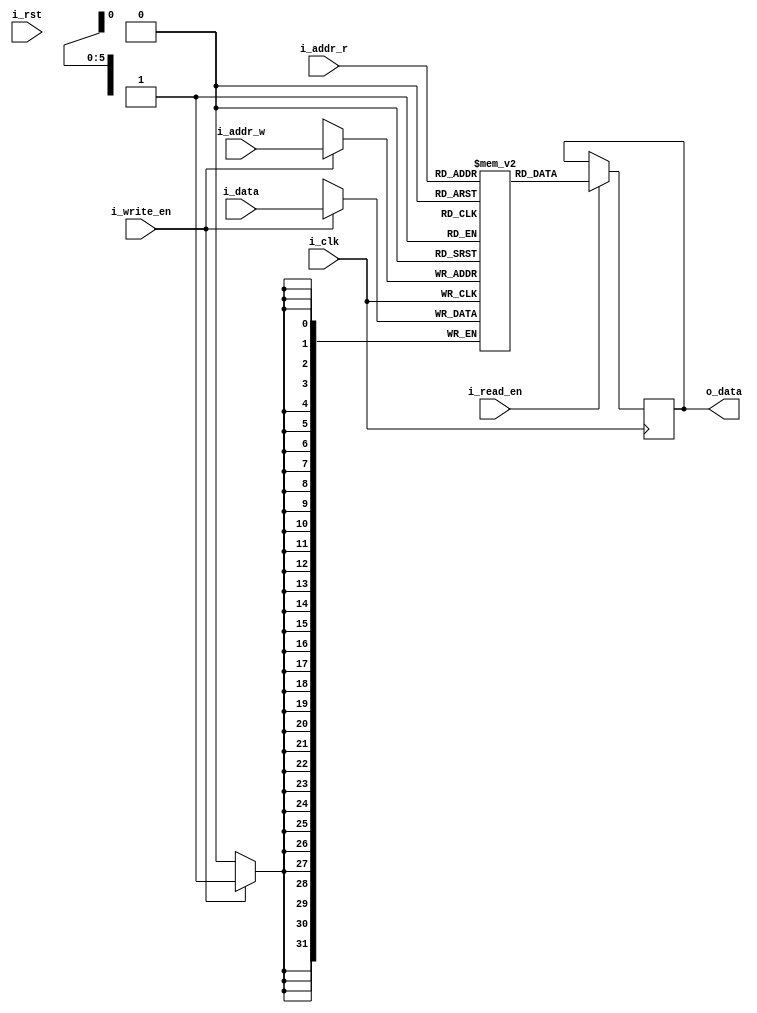
`timescale 1ns / 1ps
//qmax values stored on BRAM
//width depends on range of q value, depth depends on number of states 
module qmaxtable #(parameter ADDR_WIDTH = 6, DATA_WIDTH = 32, DEPTH = 64) (
    input wire i_clk,
    input wire i_rst,
    input wire [ADDR_WIDTH-1:0] i_addr_r, 
    input wire [ADDR_WIDTH-1:0] i_addr_w, 
    input wire i_read_en,
    input wire i_write_en,
    input wire [DATA_WIDTH-1:0] i_data,
    output reg [DATA_WIDTH-1:0] o_data
    //output reg [DATA_WIDTH-1:0] o_data2 
    ); 
    integer i;
    reg [DATA_WIDTH-1:0] memory_array [0:DEPTH-1]; 
    //initialize the bram: depends on the test case
    /*initial begin
     memory_array[0] <= 0;
        for (i=0;i<DEPTH;i=i+1) begin
            memory_array[i] <= 8'b0000_0000;
        end
    end*/
     //$readmemb("C:\Users\myuan\Desktop\q-learning-accel-fpga\qt_mem_init.txt",memory_array);
    //end
    generate
     //memory_array[0] <= 0;
     integer ii;
     initial
        for (ii=0;ii<DEPTH;ii=ii+1) begin
            memory_array[ii] <= {DATA_WIDTH{1'b0}};
        end    
    endgenerate    
    always @ (posedge i_clk)
    begin
            /*if (i_rst) begin
             memory_array[0] <= 0;
                for (i=0;i<DEPTH;i=i+1) begin
                    memory_array[i] <= {DATA_WIDTH{1'b0}};
                end
            end*/
            if(i_write_en) begin
                memory_array[i_addr_w] <= i_data;
                //$display("qmax written %02h in: %06b", i_data, i_addr_w);
            end
            if(i_read_en) begin
                o_data <= memory_array[i_addr_r];
                //$display("qmax read %02h from: %06b", o_data, i_addr_r);
            end     
    end
endmodule